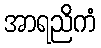
အာရညိကံ